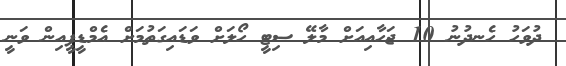
ދުވަހު ހެނދުނު 10 ޖަހާއިއަށް މާލޭ ސިޓީ ހޯލަށް ވަޑައިގަތުމަށް އެމްޑީޕީއިން ވަނީ